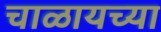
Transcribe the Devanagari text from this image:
चाळायच्या